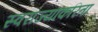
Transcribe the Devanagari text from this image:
स्वराज्याकरिता